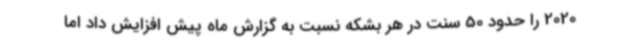
2020 را حدود 50 سنت در هر بشکه نسبت به گزارش ماه پیش افزایش داد اما